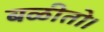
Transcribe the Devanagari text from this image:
बळीतो।